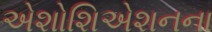
એશોશિએશનના